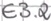
Text: E3.2